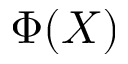
\Phi ( X )